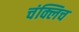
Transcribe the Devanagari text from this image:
चंक्लिच